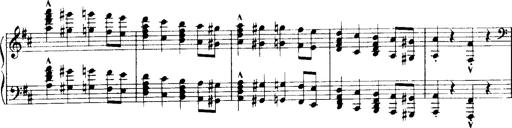
Title: Historische ungarische Bildnisse
Composer: Franz Liszt